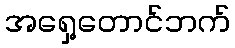
အရှေ့တောင်ဘက်